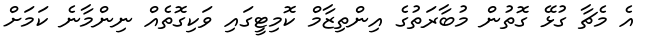
އެ މެޗާ ގުޅޭ ގޮތުން މުބާރަތުގެ އިންތިޒާމް ކޮމިޓީގައި ވަކިގޮތެއް ނިންމާނެ ކަމަށް